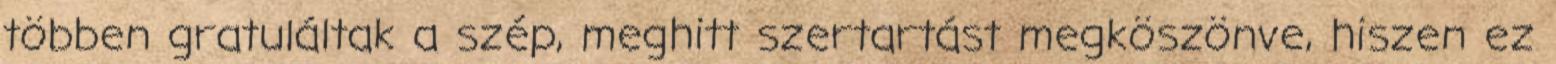
többen gratuláltak a szép, meghitt szertartást megköszönve, hiszen ez